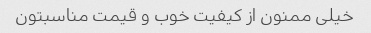
خیلی ممنون از کیفیت خوب و قیمت مناسبتون